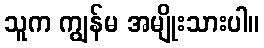
သူက ကျွန်မ အမျိုးသားပါ။